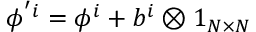
\phi ^ { ' i } = \phi ^ { i } + b ^ { i } \otimes 1 _ { N \times N }